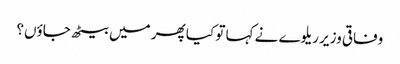
وفاقی وزیر ریلوے نے کہا تو کیا پھر میں بیٹھ جاؤں؟